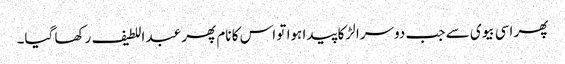
پھر اسی بیوی سے جب دوسرا لڑکا پیدا ہوا تو اس کا نام پھر عبد اللطیف رکھا گیا۔